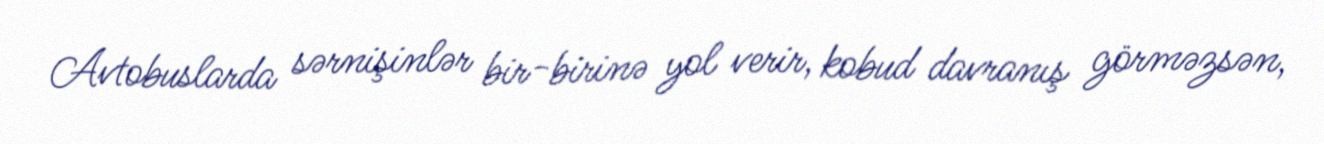
Avtobuslarda sərnişinlər bir-birinə yol verir, kobud davranış görməzsən,